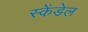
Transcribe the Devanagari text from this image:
स्केंडेल